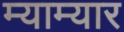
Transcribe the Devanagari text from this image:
म्याम्यार